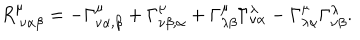
LaTeX: R _ { ~ \nu \alpha \beta } ^ { \mu } = - \Gamma _ { \nu \alpha , \beta } ^ { \mu } + \Gamma _ { \nu \beta , \alpha } ^ { \mu } + \Gamma _ { \lambda \beta } ^ { \mu } \Gamma _ { \nu \alpha } ^ { \lambda } - \Gamma _ { \lambda \alpha } ^ { \mu } \Gamma _ { \nu \beta } ^ { \lambda } .